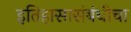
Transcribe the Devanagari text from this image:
इतिहासासंबंधीचा